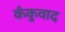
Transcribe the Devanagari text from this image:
कँकुवाद